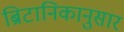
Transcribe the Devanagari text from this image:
ब्रिटानिकानुसार